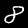
Label: 8